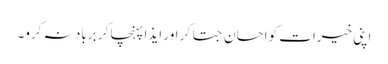
اپنی خیرات کو احسان جتا کر اور ایذا پہنچا کر برباد نہ کرو۔